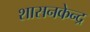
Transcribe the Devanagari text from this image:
शासनकेन्द्र